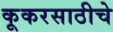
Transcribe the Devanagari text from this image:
कूकरसाठीचे